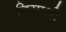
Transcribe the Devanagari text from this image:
दिसाओ